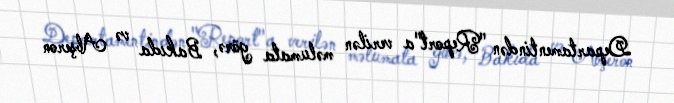
Departamentindən "Report"a verilən məlumata görə, Bakıda və Abşeron